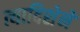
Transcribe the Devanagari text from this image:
त्यादिशेने